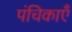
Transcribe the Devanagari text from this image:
पंचिकाएँ